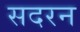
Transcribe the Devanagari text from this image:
सदरन